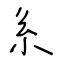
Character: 系